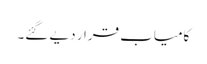
کامیاب قرار دیے گئے۔